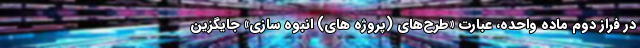
در فراز دوم ماده واحده، عبارت «طرح‌های (پروژه های) انبوه سازی» جایگزین